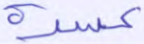
عسرة